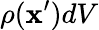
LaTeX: \rho({\boldsymbol{\mathbf{x}}}^{\prime})dV